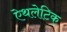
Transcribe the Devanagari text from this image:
ऐथलेटिक